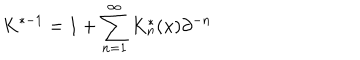
LaTeX: K ^ { * - 1 } = 1 + \sum _ { n = 1 } ^ { \infty } K _ { n } ^ { * } ( x ) \partial ^ { - n }